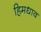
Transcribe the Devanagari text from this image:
हिमधाव